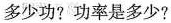
多少功?功率是多少?